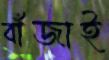
বাঁজাই